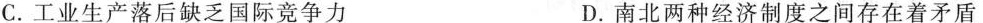
C.工业生产落后缺乏国际竞争力 D.南北两种经济制度之间存在着矛盾